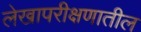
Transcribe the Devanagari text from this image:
लेखापरीक्षणातील